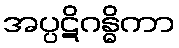
အပ္ပဋိဂန္ဓိကာ